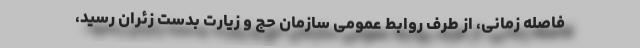
فاصله زمانی، از طرف روابط عمومی سازمان حج و زیارت بدست زئران رسید،